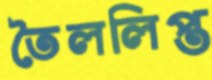
তৈললিপ্ত